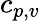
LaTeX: c_{p,v}